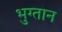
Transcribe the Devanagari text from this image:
भुग्तान